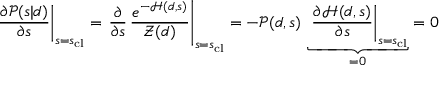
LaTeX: \left. { \frac { \partial { \mathcal { P } } ( s | d ) } { \partial s } } \right| _ { s = s _ { \mathrm { c l } } } = \left. { \frac { \partial } { \partial s } } \, { \frac { e ^ { - { \mathcal { H } } ( d , s ) } } { { \mathcal { Z } } ( d ) } } \right| _ { s = s _ { \mathrm { c l } } } = - { \mathcal { P } } ( d , s ) \, \underbrace { \left. { \frac { \partial { \mathcal { H } } ( d , s ) } { \partial s } } \right| _ { s = s _ { \mathrm { c l } } } } _ { = 0 } = 0